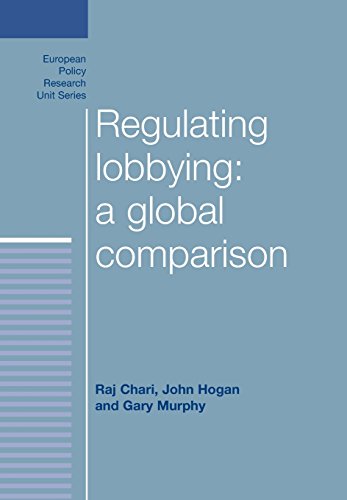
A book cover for Regulating lobbying: a global comparison (European Policy Research Unit Series MUP); Raj Chari; Law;